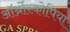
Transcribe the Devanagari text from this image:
ऑर्थ्रोस्कोपिया